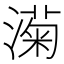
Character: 𬈵